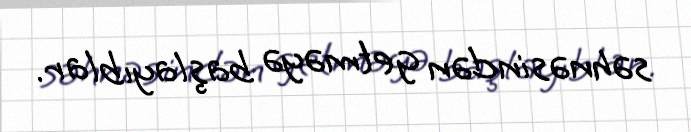
səhnəsindən getməyə başlayıblar.